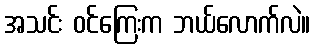
အသင်း ဝင်ကြေးက ဘယ်လောက်လဲ။